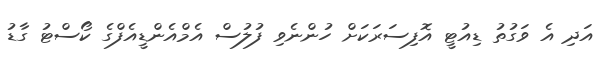
އަދި އެ ވަގުތު ޑިއުޓީ އޮފިސަރަކަށް ހުންނެވި ފުލުސް އެމްއެންޑީއެފްގެ ކޯސްޓު ގާޑު